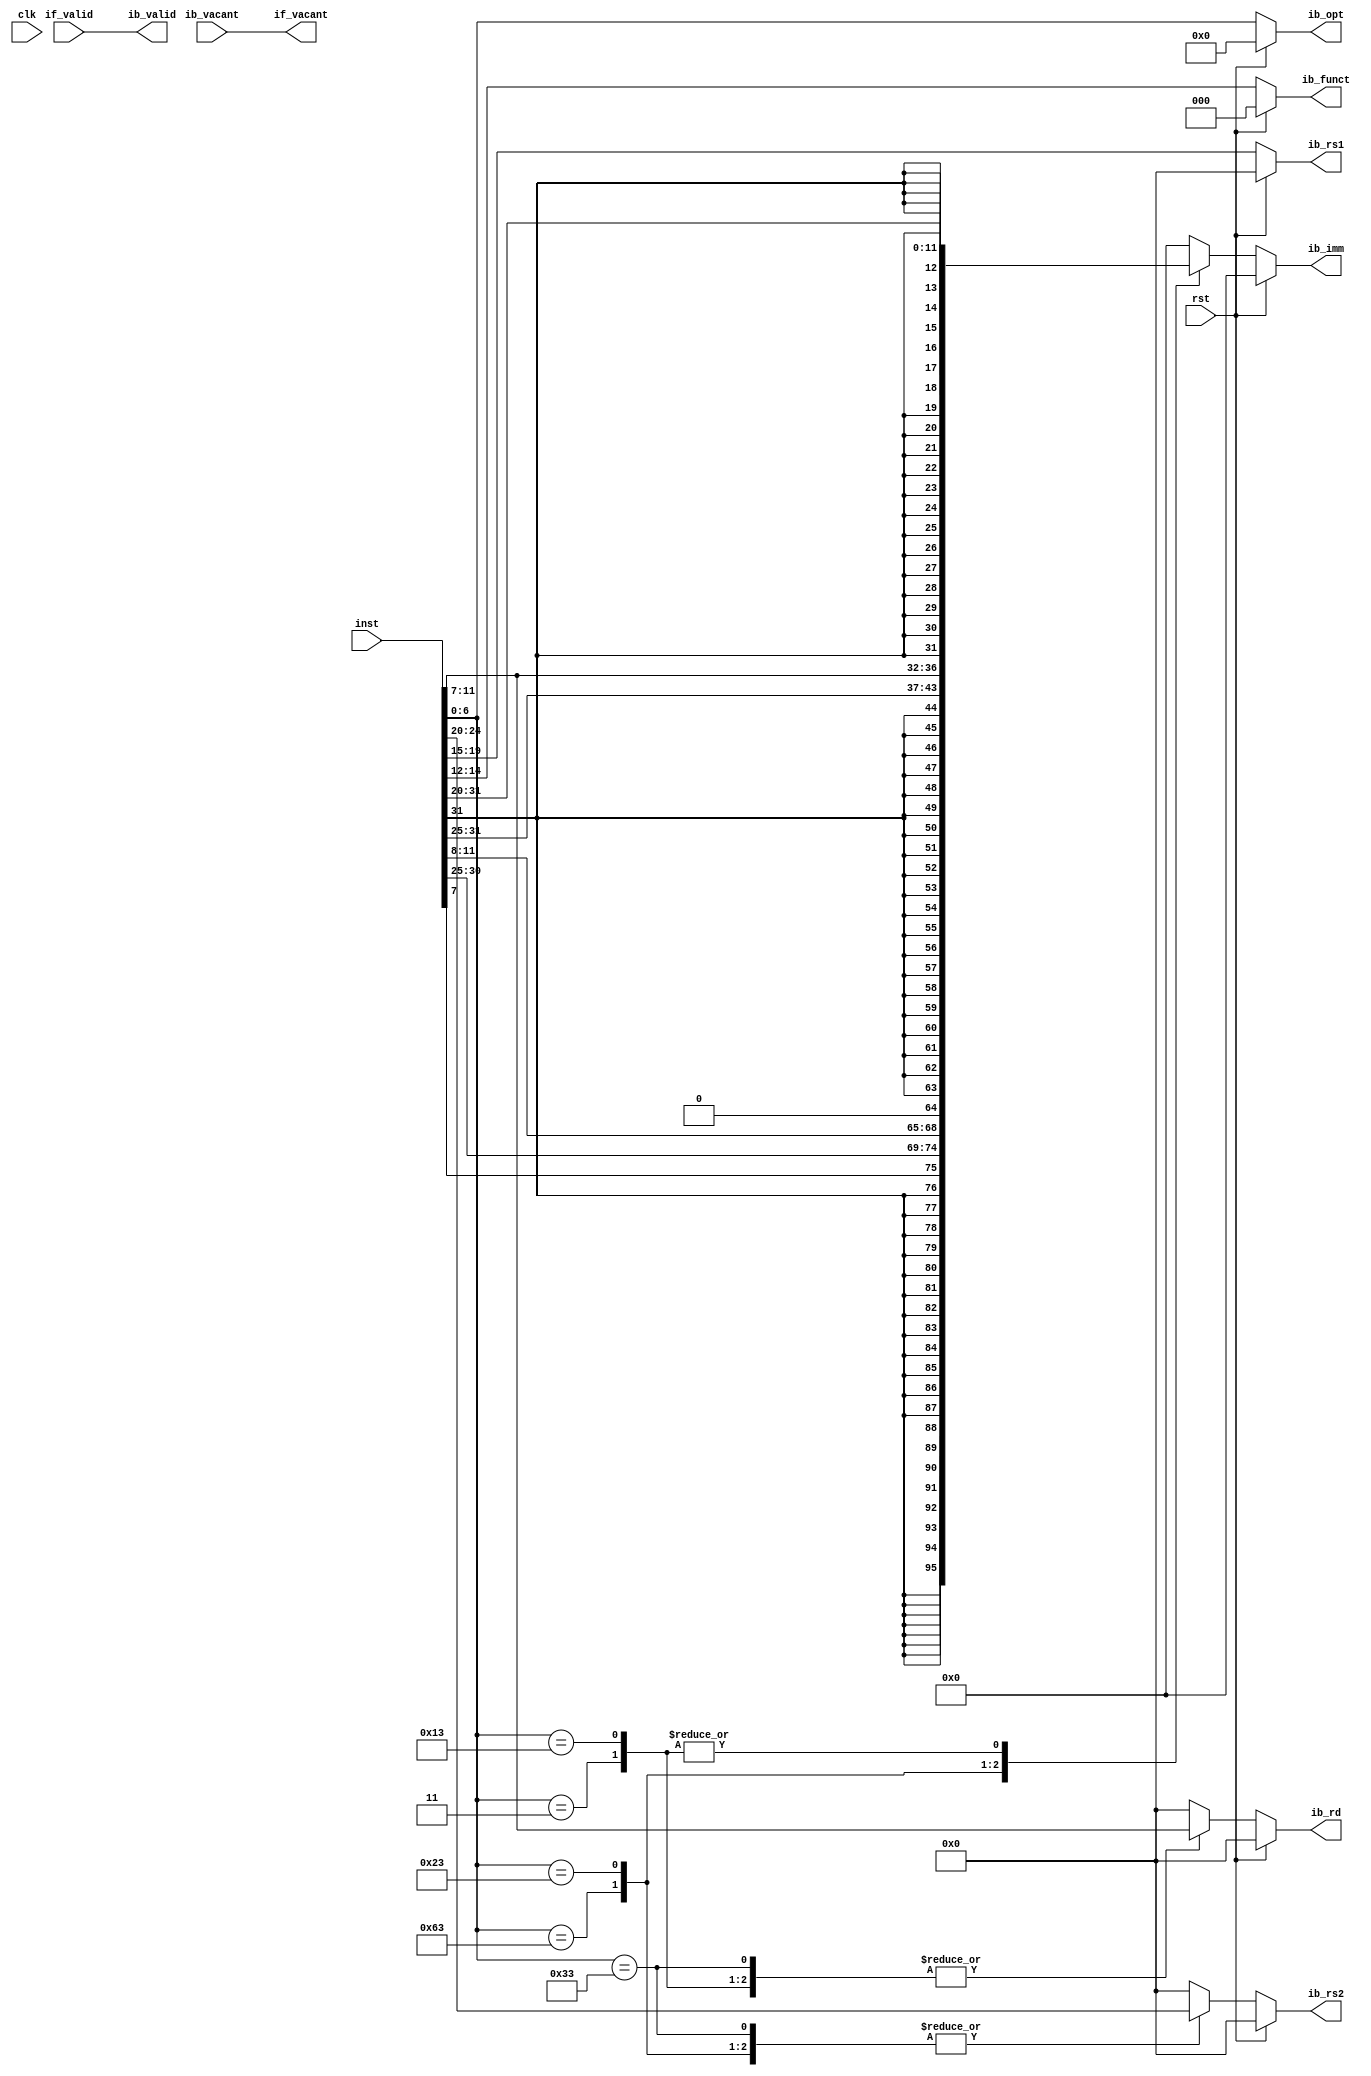
module i_decode 
#(
  parameter INST_WIDTH = 32,
  parameter DATA_WIDTH = 32
)
(
  input wire clk,
  input wire rst,

  // with i_fetch
  input wire if_valid,
  input wire [INST_WIDTH-1:0] inst,
  output wire if_vacant,

  // with i_buffer
  input wire ib_vacant,
  output wire ib_valid,
  output reg [OPT_SIZE-1:0] ib_opt,
  output reg [FUNCT_SIZE-1:0] ib_funct,
  output reg [REG_SIZE-1:0] ib_rs1,
  output reg [REG_SIZE-1:0] ib_rs2,
  output reg [REG_SIZE-1:0] ib_rd,
  output reg [DATA_WIDTH-1:0] ib_imm
);

assign if_vacant = ib_vacant;
assign ib_valid = if_valid;

localparam OPT_SIZE = 7;
localparam FUNCT_SIZE = 3;
localparam REG_SIZE = 5;

localparam OPCODE_B = 7'b1100011;
localparam OPCODE_L = 7'b0000011;
localparam OPCODE_S = 7'b0100011;
localparam OPCODE_I = 7'b0010011;
localparam OPCODE_R = 7'b0110011;

always @(*) begin
  if (rst) begin
    ib_opt <= 0;
    ib_funct <= 0;
    ib_rs1 <= 0;
    ib_rs2 <= 0;
    ib_rd  <= 0;
    ib_imm <= 0;
  end else begin
    ib_opt <= inst[6:0];
    ib_rs1 <= inst[19:15];
    ib_funct <= inst[14:12];

    case (inst[6:0])
      OPCODE_B: begin
        ib_rs2 <= inst[24:20];
        ib_rd  <= 5'b0;
        ib_imm <= {{20{inst[31]}}, inst[7], inst[30:25], inst[11:8], 1'b0};
      end
      OPCODE_L: begin
        ib_rs2 <= 5'b0;
        ib_rd  <= inst[11:7];
        ib_imm <= {{20{inst[31]}}, inst[31:20]};
      end
      OPCODE_S: begin
        ib_rs2 <= inst[24:20];
        ib_rd  <= 5'b0;
        ib_imm <= {{20{inst[31]}}, inst[31:25], inst[11:7]};
      end
      OPCODE_I: begin
        ib_rs2 <= 5'b0;
        ib_rd  <= inst[11:7];
        ib_imm <= {{20{inst[31]}}, inst[31:20]};
      end
      OPCODE_R: begin
        ib_rs2 <= inst[24:20];
        ib_rd  <= inst[11:7];
        ib_imm <= 32'h0;
      end
      default: begin
        ib_rs2 <= 5'b0;
        ib_rd  <= 5'b0;
        ib_imm <= 32'h0;
      end
    endcase
  end
end

endmodule